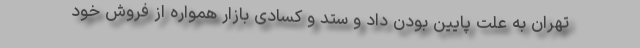
تهران به علت پایین بودن داد و ستد و کسادی بازار همواره از فروش خود